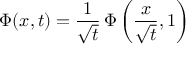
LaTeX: \Phi ( x , t ) = { \frac { 1 } { \sqrt { t } } } \, \Phi \left( { \frac { x } { \sqrt { t } } } , 1 \right)